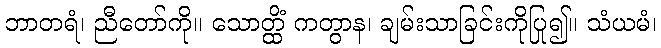
ဘာတရံ၊ ညီတော်ကို။ သောတ္ထိံ ကတွာန၊ ချမ်းသာခြင်းကိုပြု၍။ သံယမံ၊